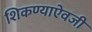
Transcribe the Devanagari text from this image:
शिकण्याऐवजी